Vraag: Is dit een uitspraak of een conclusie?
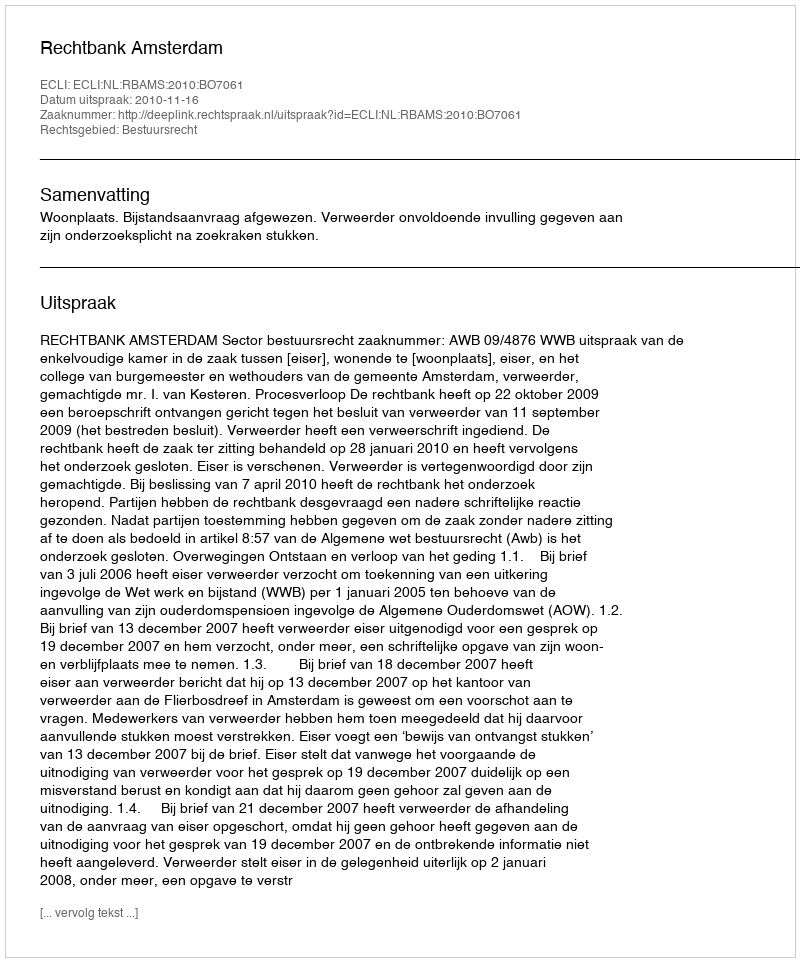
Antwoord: Uitspraak